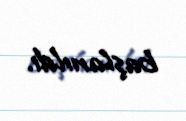
başlanıldı.